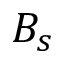
B _ { s }